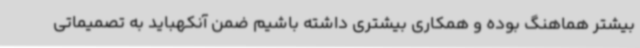
بیشتر هماهنگ بوده و همکاری بیشتری داشته باشیم ضمن آنکهباید به تصمیماتی